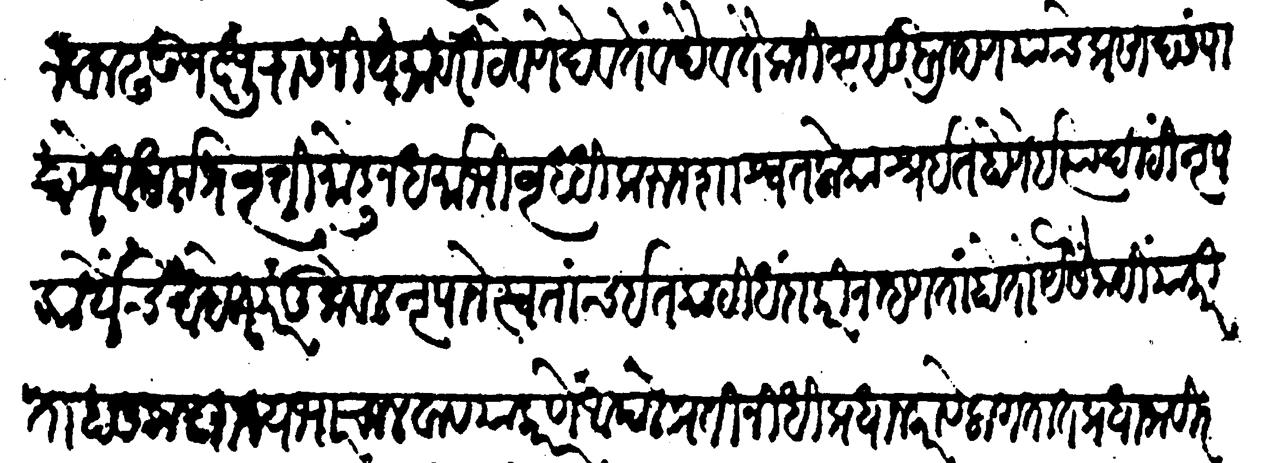
Transliteration (Devanagari): मान वाढवून क्षुद्रांस नियमावरी ठेवणें देव दैवतै कनिष्ठ सुब्राह्मण यांचे प्रसाद संपादणें अधर्मप्रवृत्ति मोडून धर्माभिवृद्धि करुन शाश्वत लोकाश्रयित होणें इत्यादि नृपकार्येच आहेत परंतु केवळ नृपाने स्वतःच इतकाही धंदा करीन म्हणतां होतो यैसें नाहीं याकरितां हा सकल राज्यभार चालवावया कारणें आपले प्रतिनिधि प्रधान करावे लागतात प्रधाना विरहित